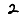
Digit: 2